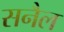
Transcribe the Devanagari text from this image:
सनैल